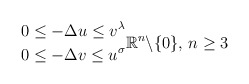
\begin{align*} \begin{aligned} 0 & \le -\Delta u\le v^\lambda\\ 0 & \le -\Delta v\le u^\sigma \end{aligned} \mathbb{R}^n \backslash \{0\}, \, n\geq 3 \end{align*}